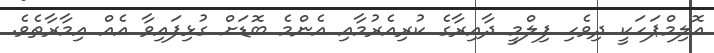
އޮލިމްޕަހަކީ ދިވެހި ފިލްމީ ދާއިރާގެ ކުރިއެރުމާއި އެންމެ ބޮޑަށް ގުޅިފައިވާ އެއް އިމާރާތެވެ.